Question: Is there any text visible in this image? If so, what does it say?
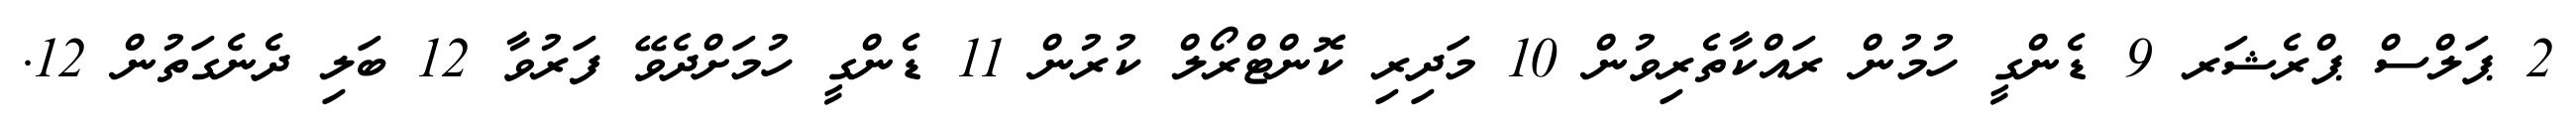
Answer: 2 ޕަލްސް ޕްރެޝަރ 9 ޑެންގީ ހުމުން ރައްކާތެރިވުން 10 މަދިރި ކޮންޓްރޯލް ކުރުން 11 ޑެންގީ ހުމަށްދެވޭ ފަރުވާ 12 ބަލި ދެނެގަތުން 12.